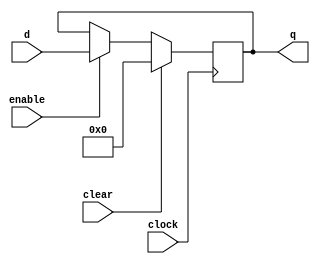
`timescale 1ns / 1ps
//////////////////////////////////////////////////////////////////////////////////
// Company: 
// Engineer: 
// 
// Design Name: 
// Module Name: buffer
// Project Name: 
// Target Devices: 
// Tool Versions: 
// Description: 
// 
// Dependencies: 
// 
// Revision:
// Revision 0.01 - File Created
// Additional Comments:
// 
//////////////////////////////////////////////////////////////////////////////////


module buffer
   #(parameter
     SIZE = 32
    )
    (
     input                   clock,enable,clear,
     input      [(SIZE-1):0] d,
     output reg [(SIZE-1):0] q
    );
    
    always @ (posedge clock) begin
        if (clear) q <= 0;
        else if (enable) q <= d;
    end
    
endmodule